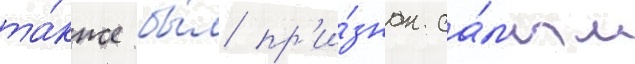
та́кже бы́л пр'и́знан са́мым